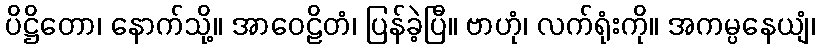
ပိဋ္ဌိတော၊ နောက်သို့။ အာဝေဠိတံ၊ ပြန်ခဲ့ပြီ။ ဗာဟုံ၊ လက်ရုံးကို။ အကမ္ပနေယျံ၊